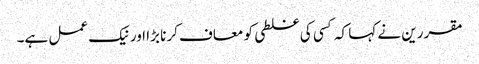
مقررین نے کہا کہ کسی کی غلطی کو معاف کرنا بڑا اور نیک عمل ہے۔